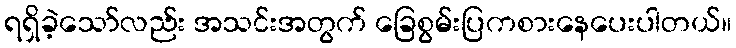
ရရှိခဲ့သော်လည်း အသင်းအတွက် ခြေစွမ်းပြကစားနေပေးပါတယ်။